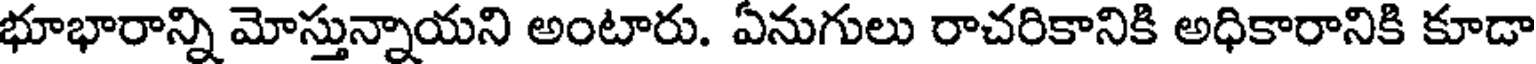
భూభారాన్ని మోస్తున్నాయని అంటారు. ఏనుగులు రాచరికానికి అధికారానికి కూడా